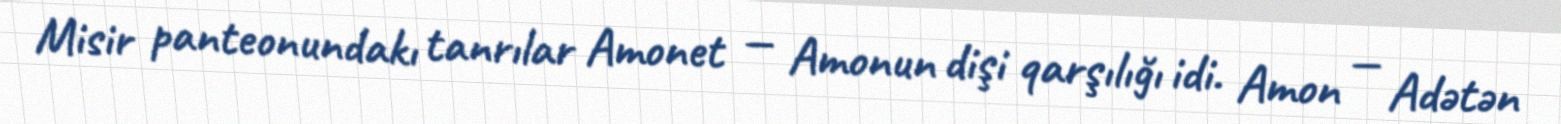
Misir panteonundakı tanrılar Amonet — Amonun dişi qarşılığı idi. Amon — Adətən